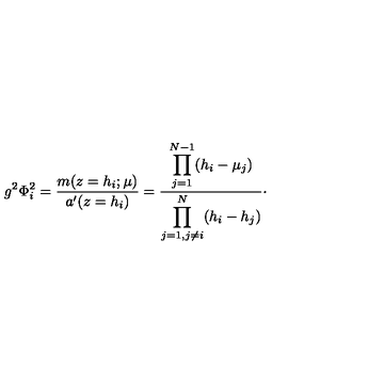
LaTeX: g ^ { 2 } \Phi _ { i } ^ { 2 } = { \frac { m ( z = h _ { i } ; \mu ) } { a ^ { \prime } ( z = h _ { i } ) } } = { \frac { \displaystyle \prod _ { j = 1 } ^ { N - 1 } ( h _ { i } - \mu _ { j } ) } { \displaystyle \prod _ { j = 1 , j \neq i } ^ { N } ( h _ { i } - h _ { j } ) } } \cdotp